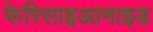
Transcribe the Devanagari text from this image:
फेरिसाइआनाइड